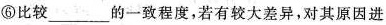
⑥比较___的一致程度，若有较大差异，对其原因进